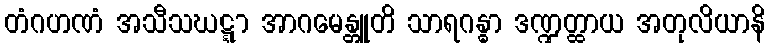
တံဂဟဏံ အသီသဃဋ္ဋာ အာဂမေန္တူတိ သာရဂန္ဓာ ဒဏ္ဍတ္ထာယ အတုလိယာနိ